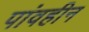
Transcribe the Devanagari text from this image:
पांवहीन